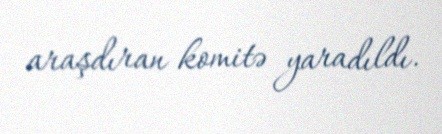
araşdıran komitə yaradıldı.